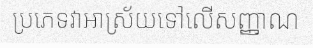
ប្រភេទវាអាស្រ័យទៅលើសញ្ញាណ